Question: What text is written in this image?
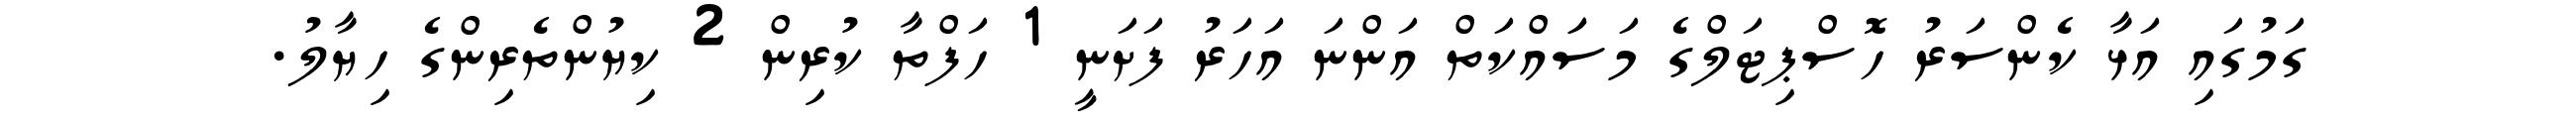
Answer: ގަމުގައި އަޅާ ކެންސަރު ހޮސްޕިޓަލްގެ މަސަައްކަތް އަންނަ އަހަރު ފަށަނީ 1 ހަފްތާ ކުރިން 2 ކިޔުންތެރިންގެ ހިޔާލު.